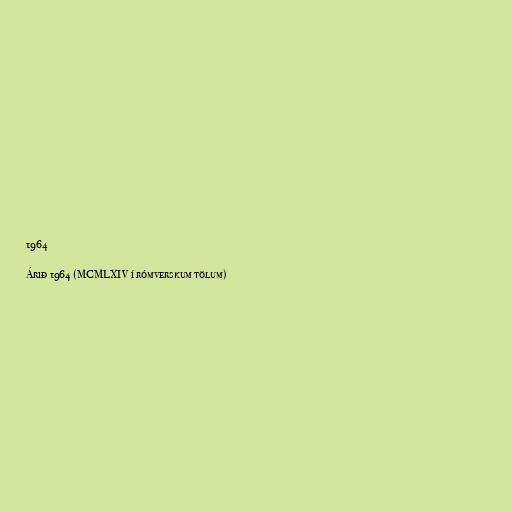
1964

Árið 1964 (MCMLXIV í rómverskum tölum)